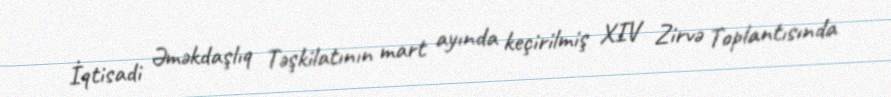
İqtisadi Əməkdaşlıq Təşkilatının mart ayında keçirilmiş XIV Zirvə Toplantısında